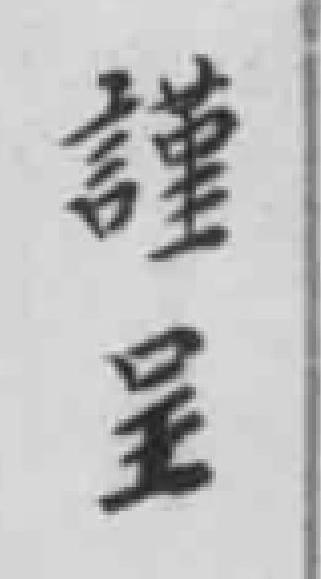
謹呈